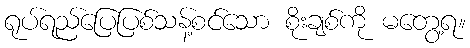
ရုပ်ရည်ပြေပြစ်သန့်စင်သော စိုးချစ်ကို မတွေ့ရ။